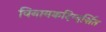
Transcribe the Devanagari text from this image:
विनायकदिग्दर्शित